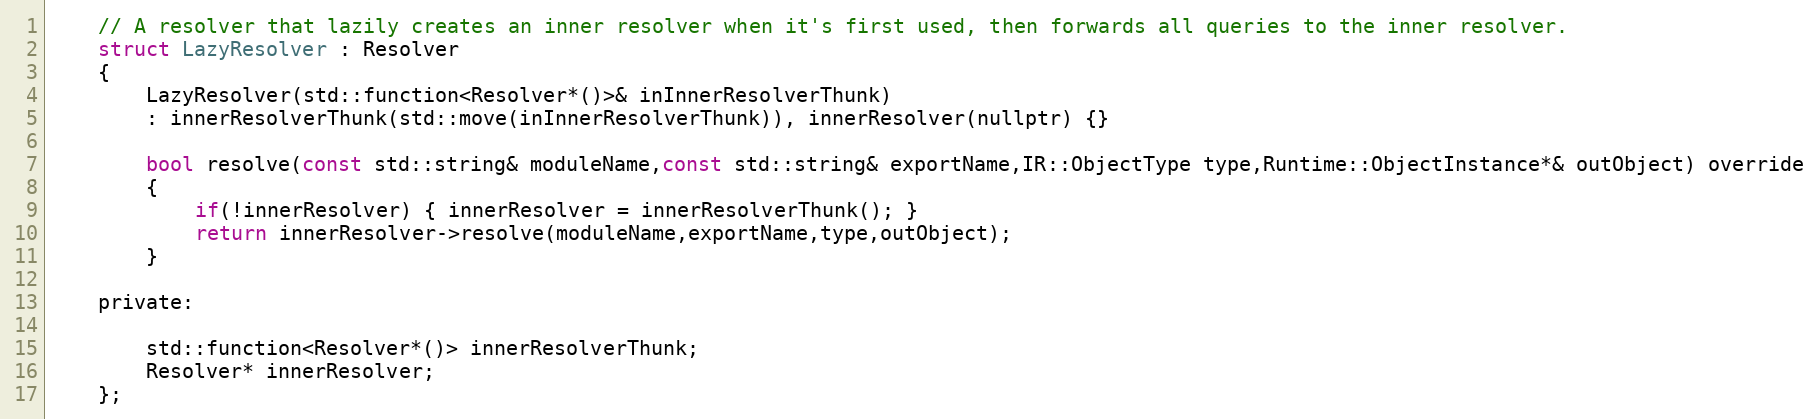
Language: C
	// A resolver that lazily creates an inner resolver when it's first used, then forwards all queries to the inner resolver.
	struct LazyResolver : Resolver
	{
		LazyResolver(std::function<Resolver*()>& inInnerResolverThunk)
		: innerResolverThunk(std::move(inInnerResolverThunk)), innerResolver(nullptr) {}

		bool resolve(const std::string& moduleName,const std::string& exportName,IR::ObjectType type,Runtime::ObjectInstance*& outObject) override
		{
			if(!innerResolver) { innerResolver = innerResolverThunk(); }
			return innerResolver->resolve(moduleName,exportName,type,outObject);
		}

	private:

		std::function<Resolver*()> innerResolverThunk;
		Resolver* innerResolver;
	};